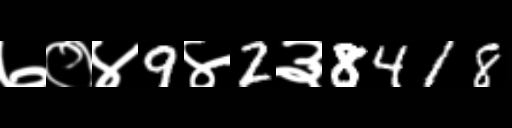
Text: ७०४9४2३8418